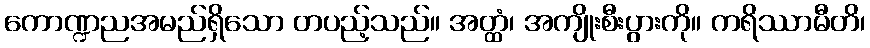
ကောဏ္ဍညအမည်ရှိသော တပည့်သည်။ အတ္ထံ၊ အကျိုးစီးပွားကို။ ကရိဿာမီတိ၊